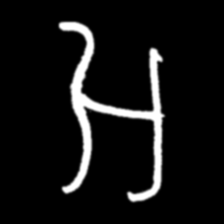
Pyu character \u2014 Myanmar letter: အ (romanized: a)